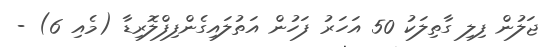
ޖަލުން ފިލި ގާތިލަކު 50 އަހަރު ފަހުން އަތުލައިގެންފިފްލޮރިޑާ (މެއި 6) -